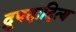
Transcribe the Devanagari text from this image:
द्रुपदादित्य